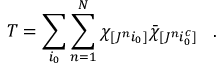
T = \sum _ { i _ { 0 } } \sum _ { n = 1 } ^ { N } \chi _ { [ J ^ { n } i _ { 0 } ] } \bar { \chi } _ { [ J ^ { n } i _ { 0 } ^ { c } ] } \; \; \; .